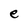
Character: e